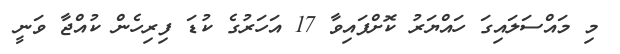
މި މައްސަލައިގަ ހައްޔަރު ކޮށްފައިވާ 17 އަހަރުގެ ކުޑަ ފިރިހެން ކުއްޖާ ވަނީ